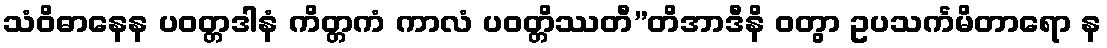
သံဝိဓာနေန ပဝတ္တဒါနံ ကိတ္တကံ ကာလံ ပဝတ္တိဿတီ”တိအာဒီနိ ဝတွာ ဥပသင်္ကမိတာရော န